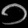
Digit: ၁